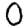
Digit: 0